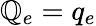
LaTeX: \mathbb{Q}_{e}=q_{e}